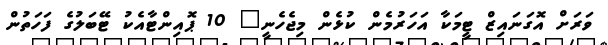
ވަރަށް އޮގަނައިޒް ޓީމަކާ އަހަރުމެން ކުޅެން މިޖެހެނީ" 10 ޕޮއިންޓާއެކު ޓޭބަލުގެ ފަހަތުން